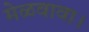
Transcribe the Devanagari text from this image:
मेळवावा।